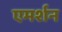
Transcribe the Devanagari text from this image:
एमर्शन